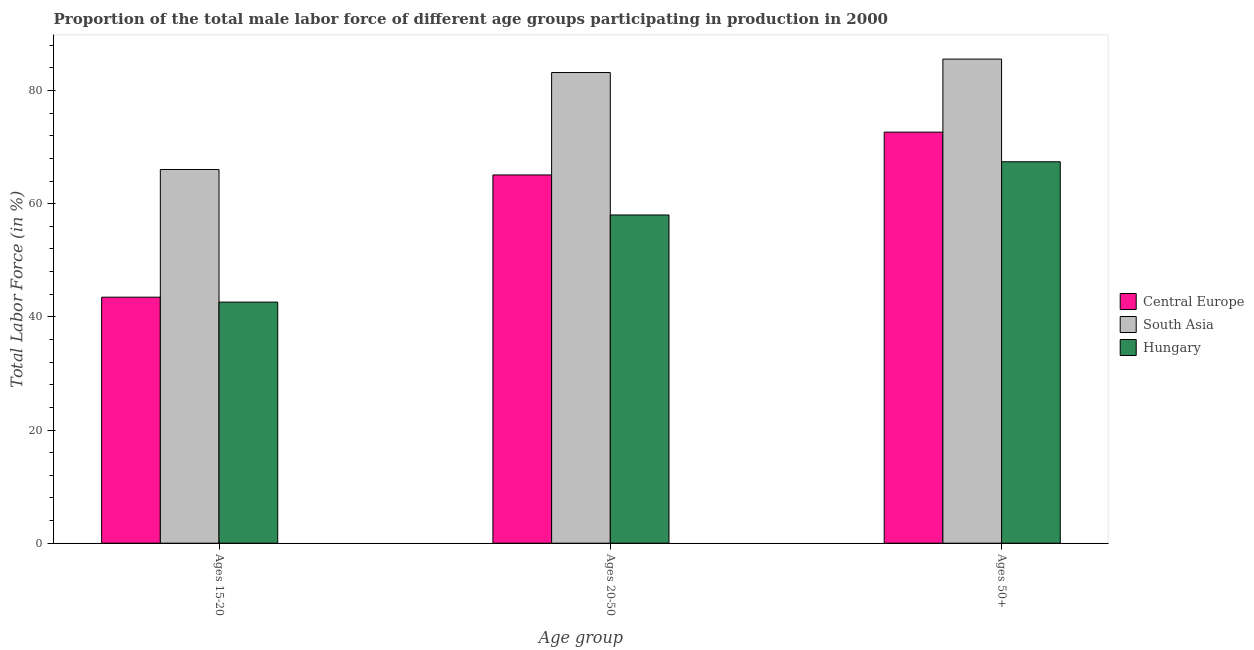
| Age group | Central Europe | South Asia | Hungary |
 | --- | --- | --- | --- |
 | Ages 15-20 | 43.5 | 66 | 42.6 |
 | Ages 20-50 | 65.1 | 83.2 | 58 |
 | Ages 50+ | 72.6 | 85.5 | 67.4 |